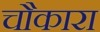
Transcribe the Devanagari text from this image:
चौकारा